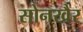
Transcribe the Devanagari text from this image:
सोनखैर